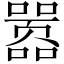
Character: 嚣